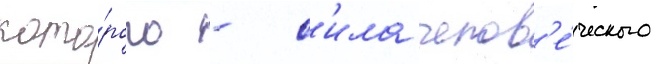
кото́рого - с'ила челов'е́ческого